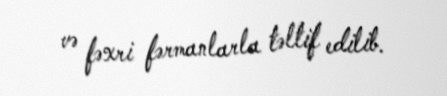
və fəxri fərmanlarla təltif edilib.